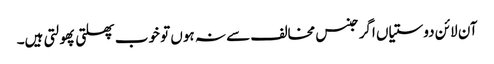
آن لائن دوستیاں اگر جنس مخالف سے نہ ہوں تو خوب پھلتی پھولتی ہیں۔